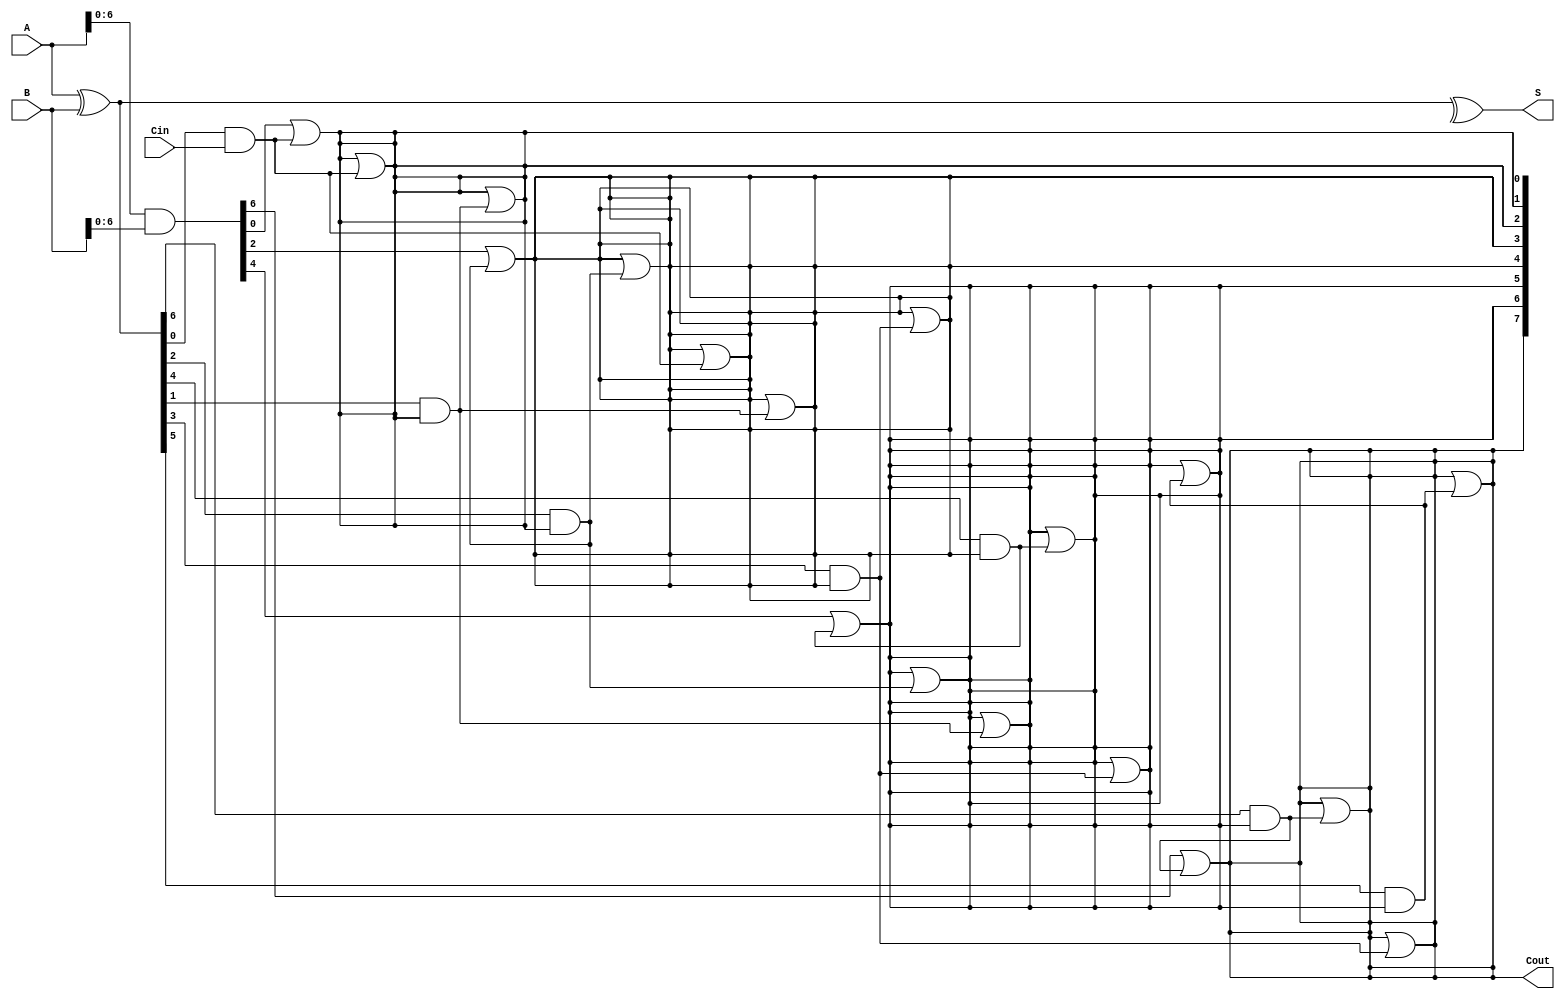
module BrentKungAdder #(parameter n = 8) (
    input [n-1:0] A,      // First n-bit input
    input [n-1:0] B,      // Second n-bit input
    input Cin,            // Input carry
    output [n-1:0] S,     // n-bit sum output
    output Cout           // Output carry
);

    // Generate and propagate signals
    wire [n-1:0] G; // Generate signals
    wire [n-1:0] P; // Propagate signals
    wire [n:0] C;   // Carry signals (C[0] = Cin)

    // Generate and propagate calculations
    assign G = A & B;        // Generate
    assign P = A ^ B;        // Propagate
    assign C[0] = Cin;       // Initial carry input

    // Carry computation using Brent-Kung structure
    genvar i, j;
    generate
        // Level 1: Compute carries for pairs
        for (i = 0; i < n; i = i + 1) begin : level1
            if (i % 2 == 1) begin
                assign C[i] = G[i-1] | (P[i-1] & C[i-1]);
            end else begin
                assign C[i] = C[i-1];
            end
        end

        // Level 2: Combine results from level 1
        for (j = 1; j < n; j = j * 2) begin : level2
            for (i = 0; i < n; i = i + 1) begin : level3
                if (i >= j) begin
                    assign C[i] = C[i] | (P[i-j] & C[i-j]);
                end
            end
        end
    endgenerate

    // Final carry-out
    assign Cout = C[n-1];

    // Sum calculation
    assign S = P ^ C[n-1:0]; // S[i] = P[i] ^ C[i]

endmodule